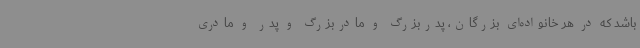
باشد که در هر خانواده‌ای بزرگان، پدربزرگ و مادربزرگ و پدر و مادری